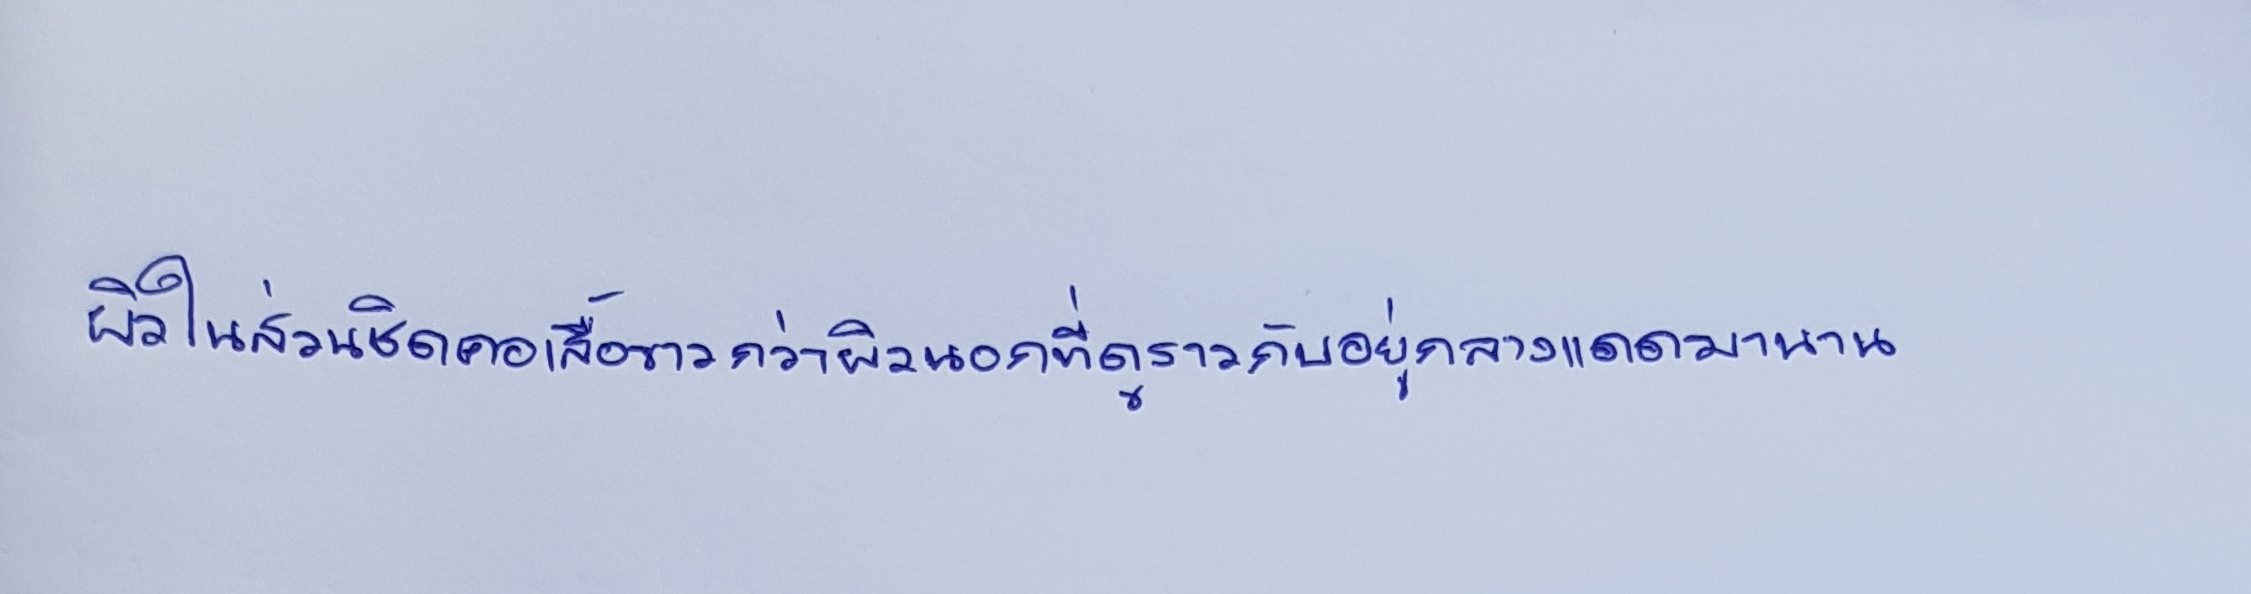
ผิวในส่วนชิดคอเสื้อขาวกว่าผิวนอกที่ดูราวกับอยู่กลางแดดมานาน